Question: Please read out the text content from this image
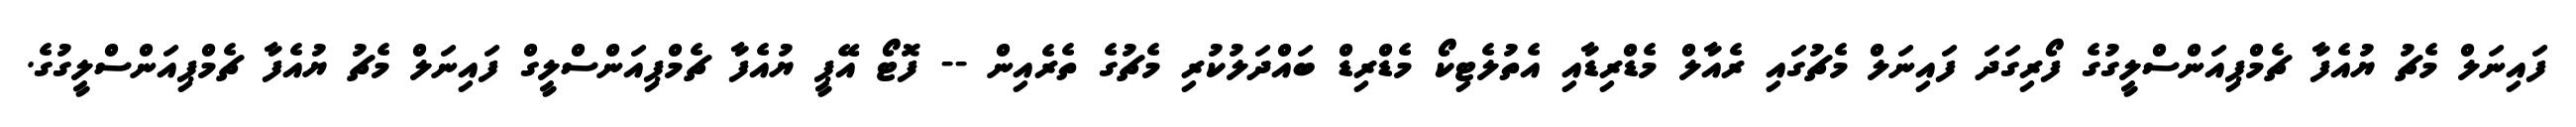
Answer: ފައިނަލް މެޗު ޔުއެފާ ޗެމްޕިއަންސްލީގުގެ ފޯރިގަދަ ފައިނަލް މެޗުގައި ރެއާލް މެޑްރިޑާއި އެތުލެޓިކޯ މެޑްރިޑް ބައްދަލުކުރި މެޗުގެ ތެރެއިން -- ފޮޓޯ އޭޕީ ޔުއެފާ ޗެމްޕިއަންސްލީގް ފައިނަލް މެޗު ޔުއެފާ ޗެމްޕިއަންސްލީގުގެ.